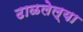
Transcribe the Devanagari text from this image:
ढाळलेल्या